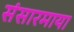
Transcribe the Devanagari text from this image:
संसारमाया